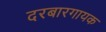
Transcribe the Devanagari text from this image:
दरबारगायक